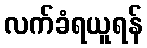
လက်ခံရယူရန်